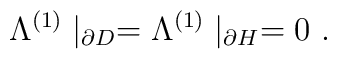
\Lambda ^{(1)}\mid _{\partial D}=\Lambda ^{(1)}\mid _{\partial H}=0\ .